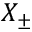
X _ { \pm }